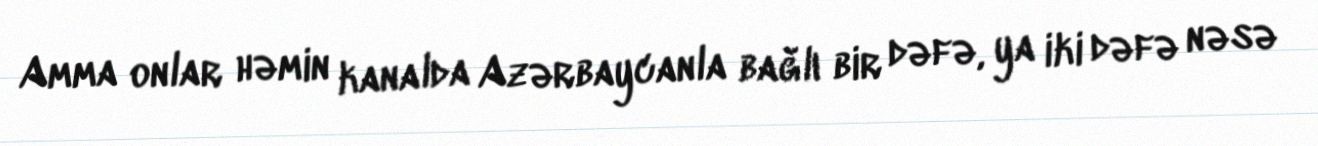
Amma onlar həmin kanalda Azərbaycanla bağlı bir dəfə, ya iki dəfə nəsə